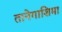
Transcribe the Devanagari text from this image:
तानेगाशिमा